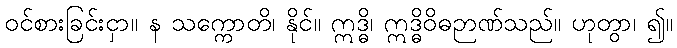
ဝင်စားခြင်းငှာ။ န သက္ကောတိ၊ နိုင်။ ဣဒ္ဓိ၊ ဣဒ္ဓိဝိဓဉာဏ်သည်။ ဟုတွာ၊ ၍။